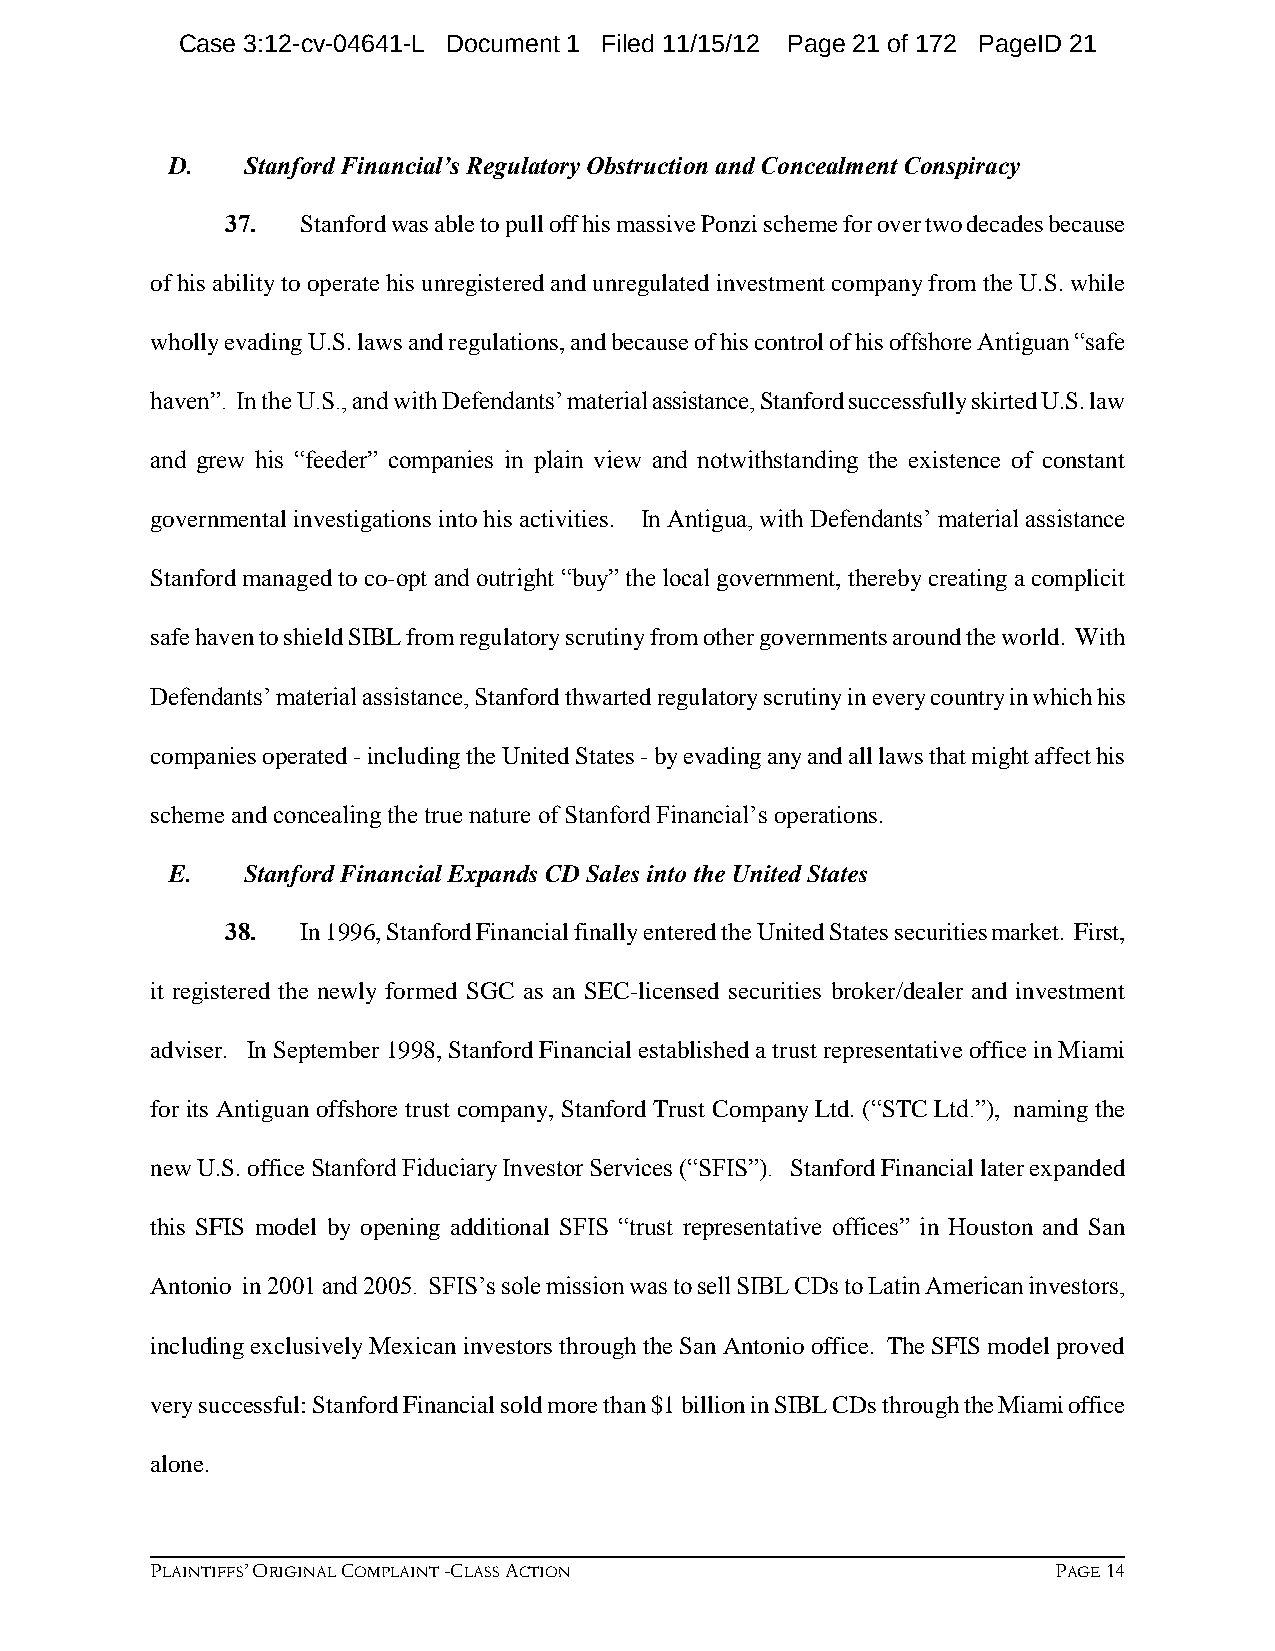
Case 3:12-cv-04641-L Document 1 Filed 11/15/12 Page 21 of 172 PageID 21
 D.   Stanford Financial’s Regulatory Obstruction and Concealment Conspiracy
 37.  Stanford was able to pull off his massive Ponzi scheme for over two decades because
 of his ability to operate his unregistered and unregulated investment company from the U.S. while
 wholly evading U.S. laws and regulations, and because of his control of his offshore Antiguan “safe
 haven”. In the U.S., and with Defendants’ material assistance, Stanford successfully skirted U.S. law
 and grew his “feeder” companies in plain view and notwithstanding the existence of constant
 governmental investigations into his activities. In Antigua, with Defendants’ material assistance
 Stanford managed to co-opt and outright “buy” the local government, thereby creating a complicit
 safe haven to shield SIBL from regulatory scrutiny from other governments around the world. With
 Defendants’ material assistance, Stanford thwarted regulatory scrutiny in every country in which his
 companies operated - including the United States - by evading any and all laws that might affect his
 scheme and concealing the true nature of Stanford Financial’s operations.
 E.   Stanford Financial Expands CD Sales into the United States
 38.  In 1996, Stanford Financial finally entered the United States securities market. First,
 it registered the newly formed SGC as an SEC-licensed securities broker/dealer and investment
 adviser. In September 1998, Stanford Financial established a trust representative office in Miami
 for its Antiguan offshore trust company, Stanford Trust Company Ltd. (“STC Ltd.”), naming the
 new U.S. office Stanford Fiduciary Investor Services (“SFIS”). Stanford Financial later expanded
 this SFIS model by opening additional SFIS “trust representative offices” in Houston and San
 Antonio in 2001 and 2005. SFIS’s sole mission was to sell SIBL CDs to Latin American investors,
 including exclusively Mexican investors through the San Antonio office. The SFIS model proved
 very successful: Stanford Financial sold more than $1 billion in SIBL CDs through the Miami office
 alone.
 PLAINTIFFS’ ORIGINAL COMPLAINT -CLASS ACTION                PAGE 14